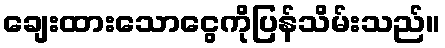
ချေးထားသောငွေကိုပြန်သိမ်းသည်။